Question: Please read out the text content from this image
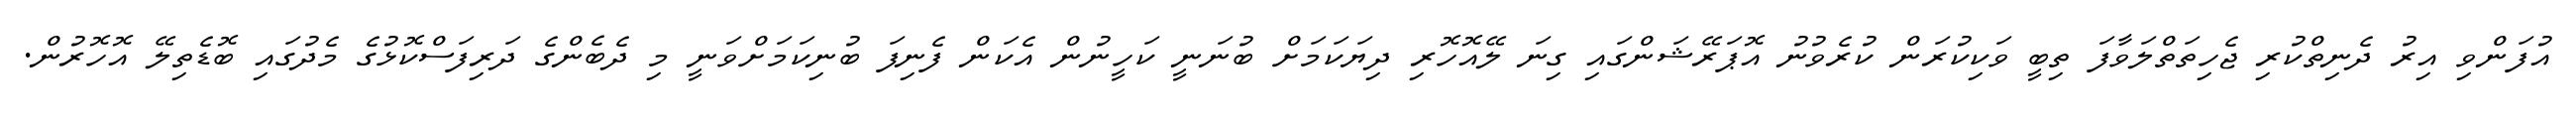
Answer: އުފަންވި އިރު ދެނިތްކުރި ޖެހިތަތްލަވާފަ ތިބީ ވަކިކުރަން ކުރެވުނު އޮޕަރޭޝަންގައި ގިނަ ލޭއޮހޮރި ދިޔަކަމަށް ބުނަނީ ކަހީނުން އެކަން ފެނިފަ ބުނިކަމަށްވަނީ މި ދެބެންގެ ދަރިފަސްކޮޅުގެ މެދުގައި ބޮޑެތިލޭ އޮހޮރުން.